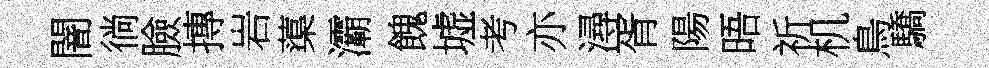
闇徜臉摶岩蕖灞餽墟考亦潯胥陽晤祈机鳥驕